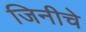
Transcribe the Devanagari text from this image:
जिनीचे